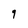
Character: q